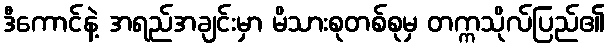
ဒီကောင်နဲ့ အရည်အချင်းမှာ မိသားစုတစ်စုမှ တက္ကသိုလ်ပြည်၏